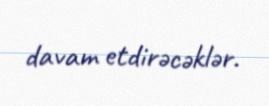
davam etdirəcəklər.